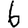
Digit: 6